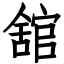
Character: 舘